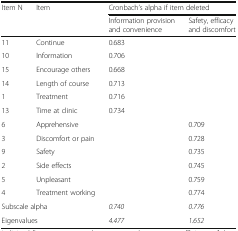
<table><thead><tr><td rowspan="2"><b>Item N</b></td><td rowspan="2"><b>Item</b></td><td colspan="2"><b>Cronbach’s alpha if item deleted</b></td></tr><tr><td><b>Information provision and convenience</b></td><td><b>Safety, efficacy and discomfort</b></td></tr></thead><tbody><tr><td>11</td><td>Continue</td><td>0.683</td><td></td></tr><tr><td>10</td><td>Information</td><td>0.706</td><td></td></tr><tr><td>15</td><td>Encourage others</td><td>0.668</td><td></td></tr><tr><td>14</td><td>Length of course</td><td>0.713</td><td></td></tr><tr><td>1</td><td>Treatment</td><td>0.716</td><td></td></tr><tr><td>13</td><td>Time at clinic</td><td>0.734</td><td></td></tr><tr><td>6</td><td>Apprehensive</td><td></td><td>0.709</td></tr><tr><td>3</td><td>Discomfort or pain</td><td></td><td>0.728</td></tr><tr><td>9</td><td>Safety</td><td></td><td>0.735</td></tr><tr><td>2</td><td>Side effects</td><td></td><td>0.745</td></tr><tr><td>5</td><td>Unpleasant</td><td></td><td>0.759</td></tr><tr><td>4</td><td>Treatment working</td><td></td><td>0.774</td></tr><tr><td colspan="2">Subscale alpha</td><td><i>0.740</i></td><td><i>0.776</i></td></tr><tr><td colspan="2">Eigenvalues</td><td><i>4.477</i></td><td><i>1.652</i></td></tr></tbody></table>